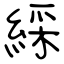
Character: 綵